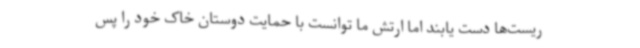
ریست‌ها دست یابند اما ارتش ما توانست با حمایت دوستان خاک خود را پس